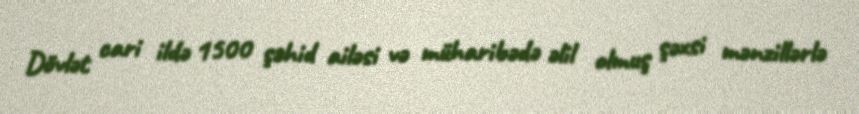
Dövlət cari ildə 1500 şəhid ailəsi və müharibədə əlil olmuş şəxsi mənzillərlə